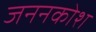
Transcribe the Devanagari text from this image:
जननकोश